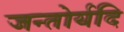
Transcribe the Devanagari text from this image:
जन्तोर्यदि